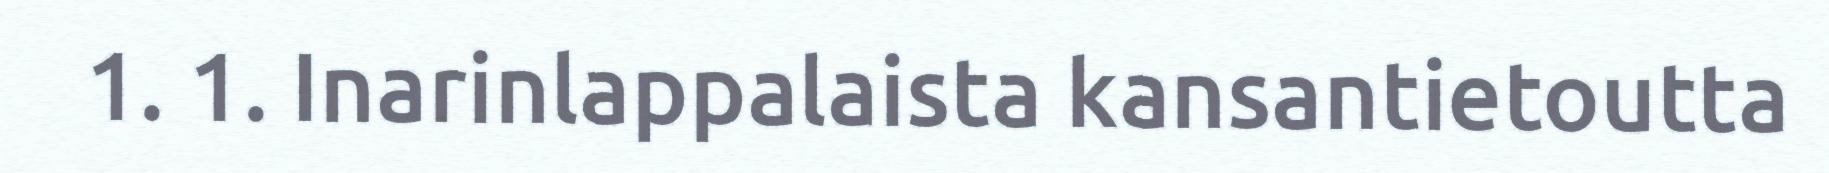
1. 1. Inarinlappalaista kansantietoutta